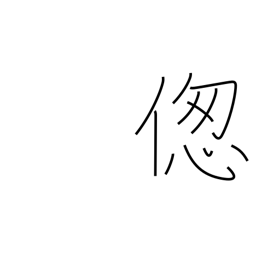
Meaning: suffer